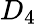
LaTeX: D_{4}